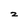
Character: 2